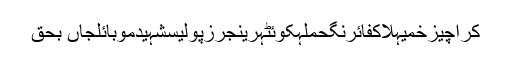
کراچیزخمیہلاکفائرنگحملہکوئٹہرینجرزپولیسشہیدموبائلجاں بحق